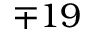
\mp 1 9